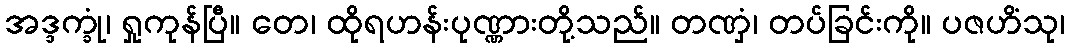
အဒ္ဒက္ခုံ၊ ရှုကုန်ပြီ။ တေ၊ ထိုရဟန်းပုဏ္ဏားတို့သည်။ တဏှံ၊ တပ်ခြင်းကို။ ပဇဟိံသု၊